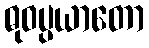
ဓုဝပ္ပယာတော